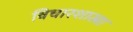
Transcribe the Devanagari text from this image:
विचारशाखा